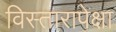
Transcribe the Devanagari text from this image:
विस्तारापेक्षा